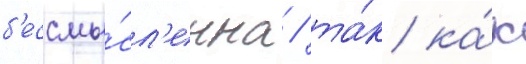
б'ессмы́сл'енна / та́к ка́к